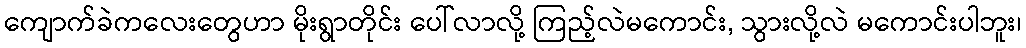
ကျောက်ခဲကလေးတွေဟာ မိုးရွာတိုင်း ပေါ်လာလို့ ကြည့်လဲမကောင်း, သွားလို့လဲ မကောင်းပါဘူး၊